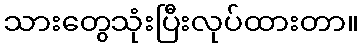
သားတွေသုံးပြီးလုပ်ထားတာ။